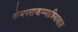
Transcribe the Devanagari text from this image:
केमपराजाम्मान्नियावारु